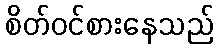
စိတ်ဝင်စားနေသည်